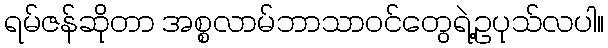
ရမ်ဇန်ဆိုတာ အစ္စလာမ်ဘာသာဝင်တွေရဲ့ဥပုသ်လပါ။